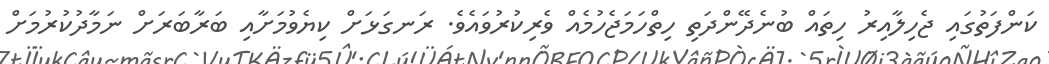
ކަންފަތުގައި ޖެހިލާއިރު ހިތައް ބުނެދޭންދަތި ހިތްހަމަޖެހުމެއް ވެރިކުރުވައެވެ. ރަނގަޅަށް ކިޔެވުމަށާއި ބަރާބަރަށް ނަމާދުކުރުމަށް